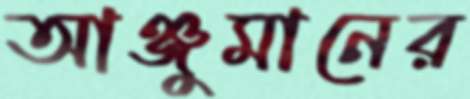
আঞ্জুমানের